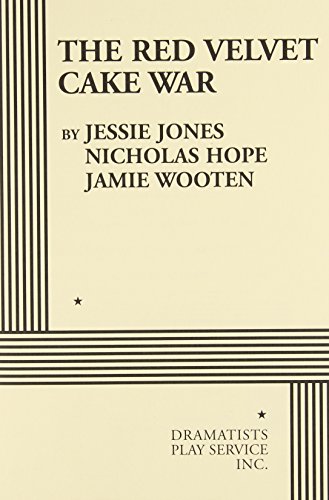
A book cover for The Red Velvet Cake War - Acting Edition; Nicholas Hope, Jamie Wooten Jessie Jones; Literature & Fiction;